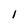
Character: 1